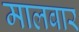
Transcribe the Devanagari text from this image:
मालबार